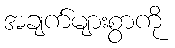
အချက်များစွာကို